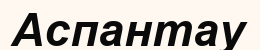
Аспантау